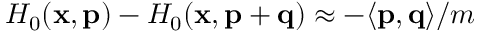
H _ { 0 } ( \mathbf { x } , \mathbf { p } ) - H _ { 0 } ( \mathbf { x } , \mathbf { p } + \mathbf { q } ) \approx - \langle \mathbf { p } , \mathbf { q } \rangle / m